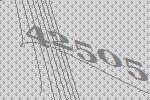
42505